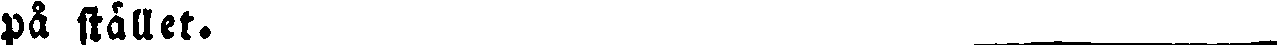
på stället. ____